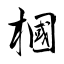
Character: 槶